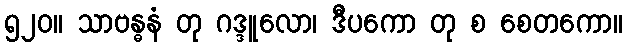
၅၂၀။ သာဗန္ဓနံ တု ဂဒ္ဒူလော၊ ဒီပကော တု စ စေတကော။